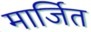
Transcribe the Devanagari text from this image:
मार्जित